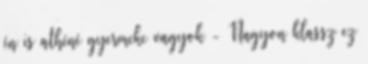
én is athéné gyermeke vagyok - Nagyon klassz ez